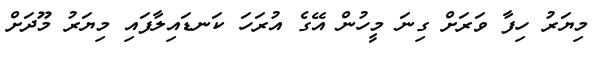
މިޔަރު ހިފާ ވަރަށް ގިނަ މީހުން އޭގެ އުރަހަ ކަނޑައިލާފައި މިޔަރު މޫދަށް